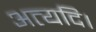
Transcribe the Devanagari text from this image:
अत्यदि।